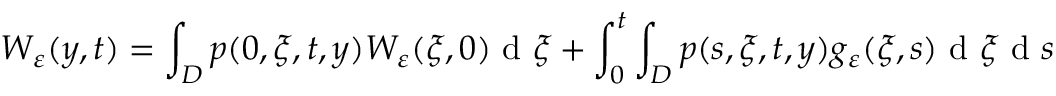
W _ { \varepsilon } ( y , t ) = \int _ { D } p ( 0 , \xi , t , y ) W _ { \varepsilon } ( \xi , 0 ) \textrm { d } \xi + \int _ { 0 } ^ { t } \int _ { D } p ( s , \xi , t , y ) g _ { \varepsilon } ( \xi , s ) \textrm { d } \xi \textrm { d } s